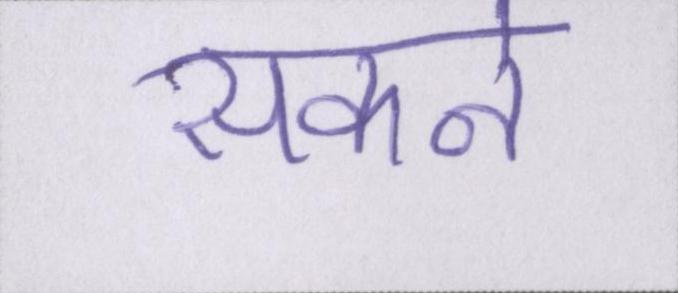
सकने